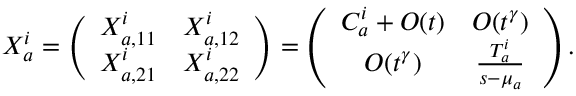
X _ { a } ^ { i } = \left( \begin{array} { c c } { { X _ { a , 1 1 } ^ { i } } } & { { X _ { a , 1 2 } ^ { i } \nonumber } } \\ { { X _ { a , 2 1 } ^ { i } } } & { { X _ { a , 2 2 } ^ { i } } } \end{array} \right) = \left( \begin{array} { c c } { { C _ { a } ^ { i } + { { \cal O } ( t ) } } } & { { { { \cal O } ( t ^ { \gamma } ) } \nonumber } } \\ { { { { \cal O } ( t ^ { \gamma } ) } } } & { { { \frac { T _ { a } ^ { i } } { s - \mu _ { a } } } } } \end{array} \right) .